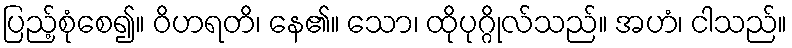
ပြည့်စုံစေ၍။ ဝိဟရတိ၊ နေ၏။ သော၊ ထိုပုဂ္ဂိုလ်သည်။ အဟံ၊ ငါသည်။